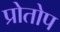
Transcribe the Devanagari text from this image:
प्रोतोप